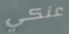
عنكي